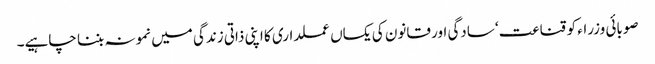
صوبائی وزراء کو قناعت‘ سادگی اور قانون کی یکساں عملداری کا اپنی ذاتی زندگی میں نمونہ بننا چاہیے۔